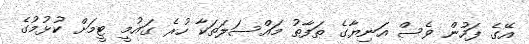
އޭގެ ފަހުން ވެސް އަނިޔާގެ ތަފާތު މައްސަލަތަކާ ހުރެ ގައުމީ ޓީމަށް ކުޅުމުގެ